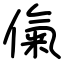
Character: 㑶